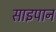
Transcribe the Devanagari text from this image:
साइपान